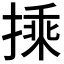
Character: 𭡽